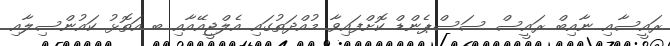
ރައީސާއި ނާއިބް ރައީސް ސަސްޕެންޑް ކޮށްފައިވާ މުއްދަތުގައި އެލްޖީއޭއާއި ބ އަތޮޅު ކައުންސިލާއި